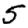
Digit: 5